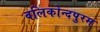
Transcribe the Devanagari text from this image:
वलिकोन्दपुरम